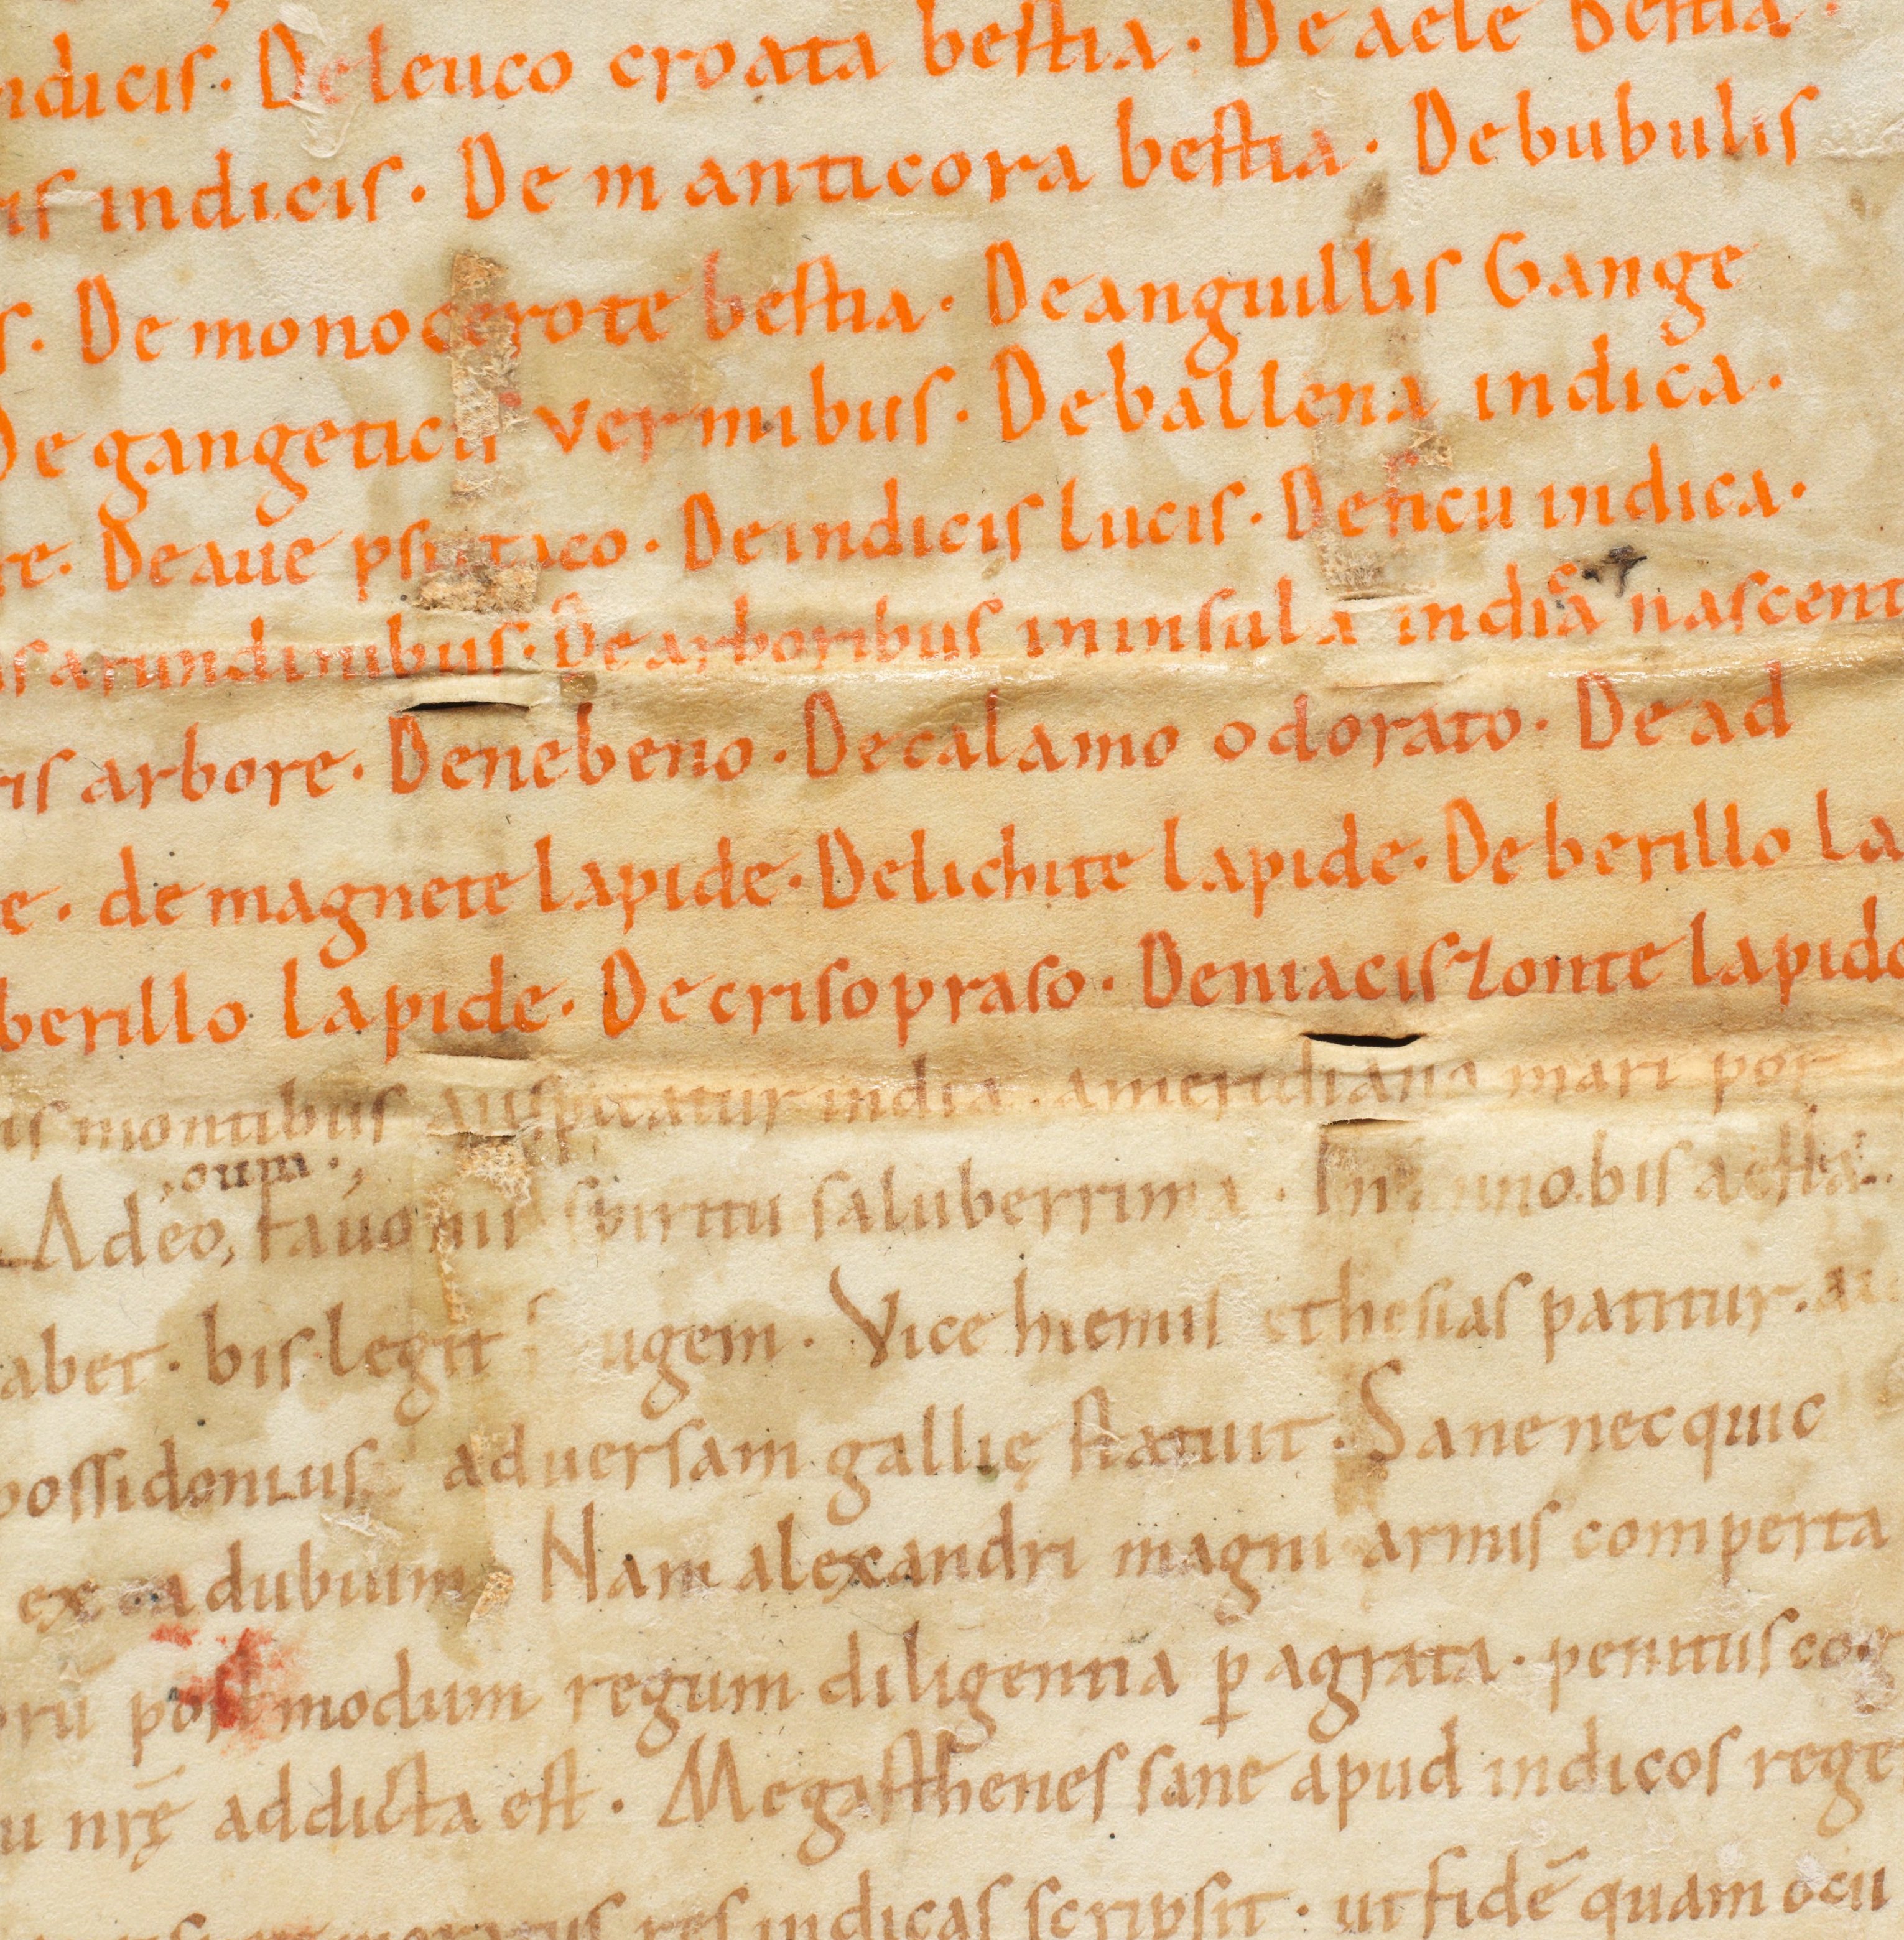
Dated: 1000–1099